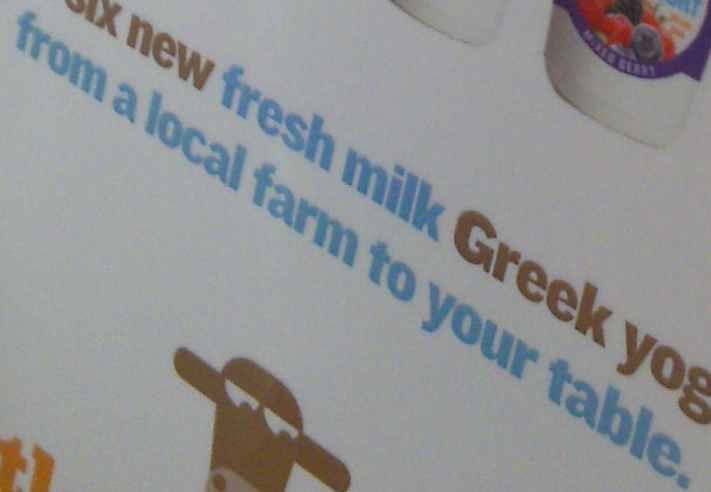
from a local farm to your table.